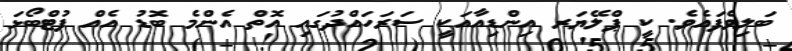
ބަލިވެފައެވެ. ކީ ޕްލޭޔަރ އިންޑިއާއަކީ ސަރަހައްދުގައި އޮތް އެންމެ ބޮޑު އެއް ފުޓްބޯޅަ